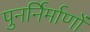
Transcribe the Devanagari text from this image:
पुनर्निर्माणों